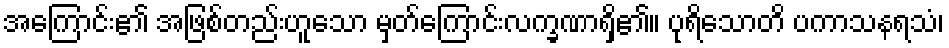
အကြောင်း၏ အဖြစ်တည်းဟူသော မှတ်ကြောင်းလက္ခဏာရှိ၏။ ပုရိသောတိ ပကာသနရသံ၊